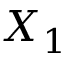
X _ { 1 }